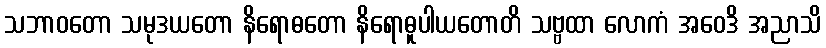
သဘာဝတော သမုဒယတော နိရောဓတော နိရောဓူပါယတောတိ သဗ္ဗထာ လောကံ အဝေဒိ အညာသိ